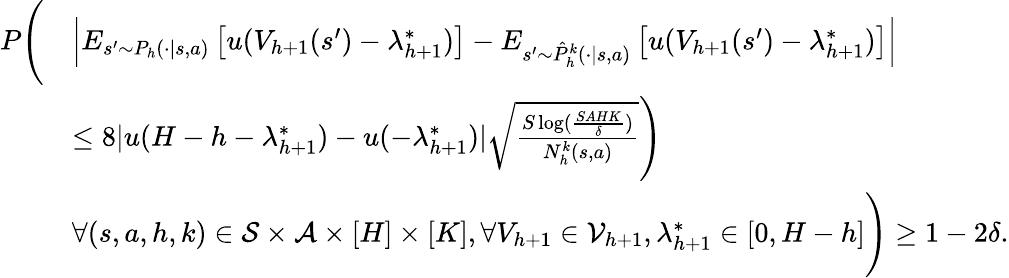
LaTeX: \begin{array}{rl}{P\Bigg(}&{\left\vert E_{s^{\prime}\sim P_{h}(\cdot\vert s,a)}\left[u(V_{h+1}(s^{\prime})-\lambda_{h+1}^{*})\right]-E_{s^{\prime}\sim\hat{P}_{h}^{k}(\cdot\vert s,a)}\left[u(V_{h+1}(s^{\prime})-\lambda_{h+1}^{*})\right]\right\vert}\\ &{\leq 8\vert u(H-h-\lambda_{h+1}^{*})-u(-\lambda_{h+1}^{*})\vert\sqrt{\frac{S\log(\frac{SAHK}{\delta})}{N_{h}^{k}(s,a)}}\Bigg)}\\ &{\forall(s,a,h,k)\in\mathcal{S}\times\mathcal{A}\times[H]\times[K],\forall V_{h+1}\in\mathcal{V}_{h+1},\lambda_{h+1}^{*}\in[0,H-h]\Bigg)\geq 1-2\delta.}\end{array}